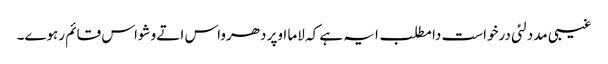
غیبی مدد لئی درخواست دا مطلب ایہ ہے کہ لاما اوپر دھرواس اتے وشواس قائم رہوے۔